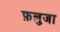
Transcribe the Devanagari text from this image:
फ़लुजा